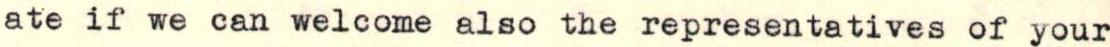
ate if we can welcome also the representatives of your